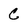
Character: C